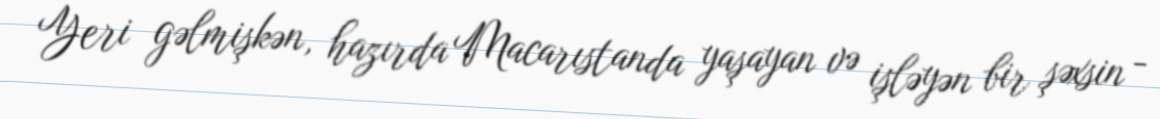
Yeri gəlmişkən, hazırda Macarıstanda yaşayan və işləyən bir şəxsin -